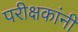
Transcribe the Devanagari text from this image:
परीक्षकांनी